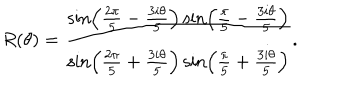
R ( \theta ) = \frac { \sin \left( \frac { 2 \pi } { 5 } - \frac { 3 i \theta } { 5 } \right) \sin \left( \frac { \pi } { 5 } - \frac { 3 i \theta } { 5 } \right) } { \sin \left( \frac { 2 \pi } { 5 } + \frac { 3 i \theta } { 5 } \right) \sin \left( \frac { \pi } { 5 } + \frac { 3 i \theta } { 5 } \right) } .